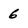
Character: 6